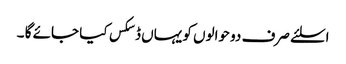
اسلئے صرف دو حوالوں کو یہاں ڈسکس کیا جائے گا ۔